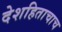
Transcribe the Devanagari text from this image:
देशहिताचाच